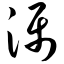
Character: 滠